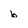
Character: b